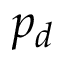
p _ { d }